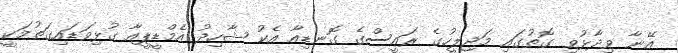
އޭނާ ވިދާޅުވި ގޮތުގައި މަޖިލީހުގެ ރައީސްގެ ގޮނޑިއާ އެކު ޝާހިދު އެމްޑީޕީއާ ގުޅިވަޑައިގަތުމަކީ